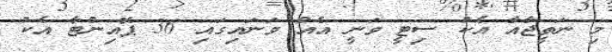
މި ނަތީޖާއާ އެކު ސިޓީ ވަނީ އެއް ވަނައިގައި 36 ޕޮއިންޓާ އެކު